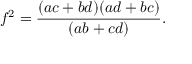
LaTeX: f ^ { 2 } = { \frac { ( a c + b d ) ( a d + b c ) } { ( a b + c d ) } } .